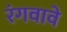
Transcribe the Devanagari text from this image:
रंगवावे